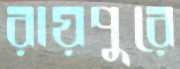
রায়পুরে